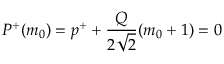
P ^ { + } ( m _ { 0 } ) = p ^ { + } + \frac { Q } { 2 \sqrt { 2 } } ( m _ { 0 } + 1 ) = 0